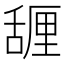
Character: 𰰇